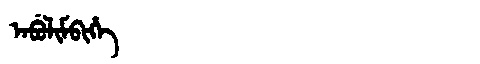
Manchu: ᠠᠪᡠᠯᡳᠮᠪᡳᡥᡝ
Romanization: ABULIMBIHE